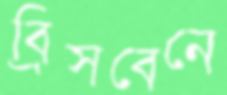
ব্রিসবেনে